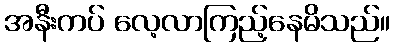
အနီးကပ် လေ့လာကြည့်နေမိသည်။